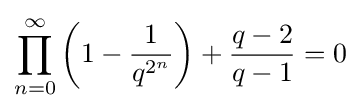
\prod _{n=0}^{\infty }\left(1-{\frac {1}{q^{2^{n}}}}\right)+{\frac {q-2}{q-1}}=0